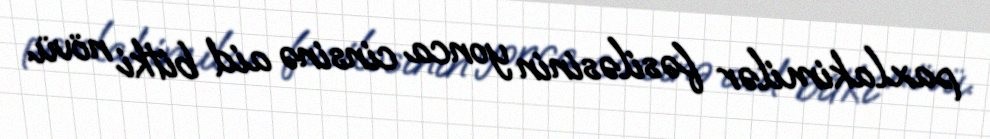
paxlakimilər fəsiləsinin yonca cinsinə aid bitki növü.